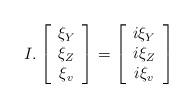
LaTeX: \begin{align*}I.\left[\begin{array}{c} \xi_Y \\ \xi_Z \\ \xi_v \end{array} \right] = \left[\begin{array}{c} i\xi_Y \\ i\xi_Z \\ i\xi_v \end{array} \right]\end{align*}